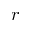
r